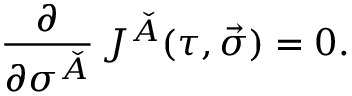
\frac { \partial } { \partial \sigma ^ { \check { A } } } \, J ^ { \check { A } } ( \tau , \vec { \sigma } ) = 0 .